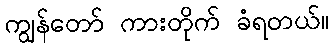
ကျွန်တော် ကားတိုက် ခံရတယ်။